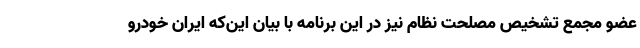
عضو مجمع تشخیص مصلحت نظام نیز در این برنامه با بیان این‌که ایران خودرو